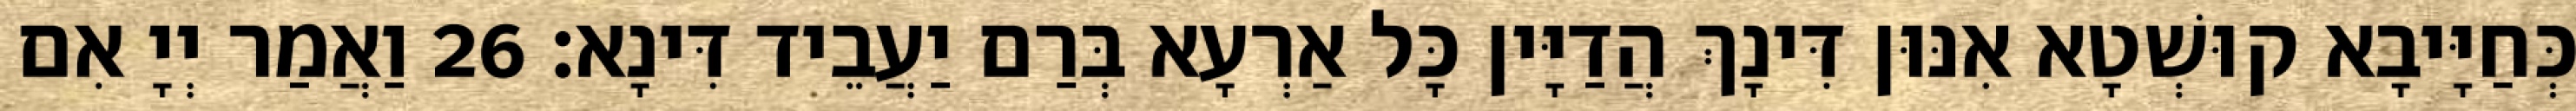
כְּחַיָּיבָא קוּשְׁטָא אִנּוּן דִּינָךְ הֲדַיָּין כָּל אַרְעָא בְּרַם יַעֲבֵיד דִּינָא׃ 26 וַאֲמַר יְיָ אִם